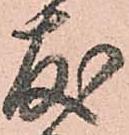
友